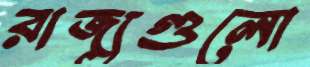
রাজ্যগুলো